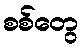
စစ်တွေ